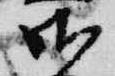
御